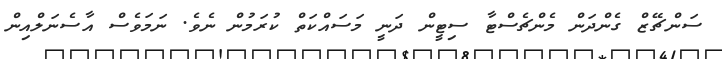
ސަންޗޭޒް ގެންދަން މެންޗެސްޓާ ސިޓީން ދަނީ މަސައްކަތް ކުރަމުން ނެވެ. ނަމަވެސް އާސެނަލްއިން